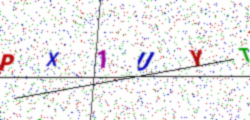
Text: PX1UYT